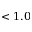
< 1 . 0